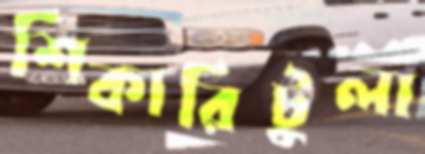
শিকারিটুলা